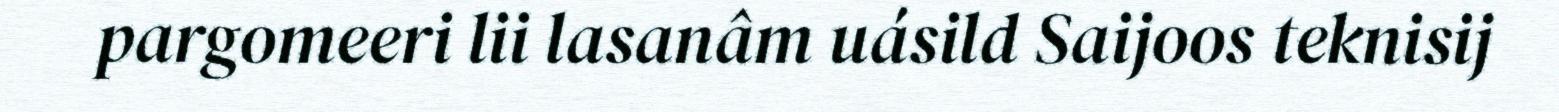
pargomeeri lii lasanâm uásild Saijoos teknisij